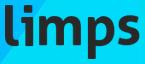
limps